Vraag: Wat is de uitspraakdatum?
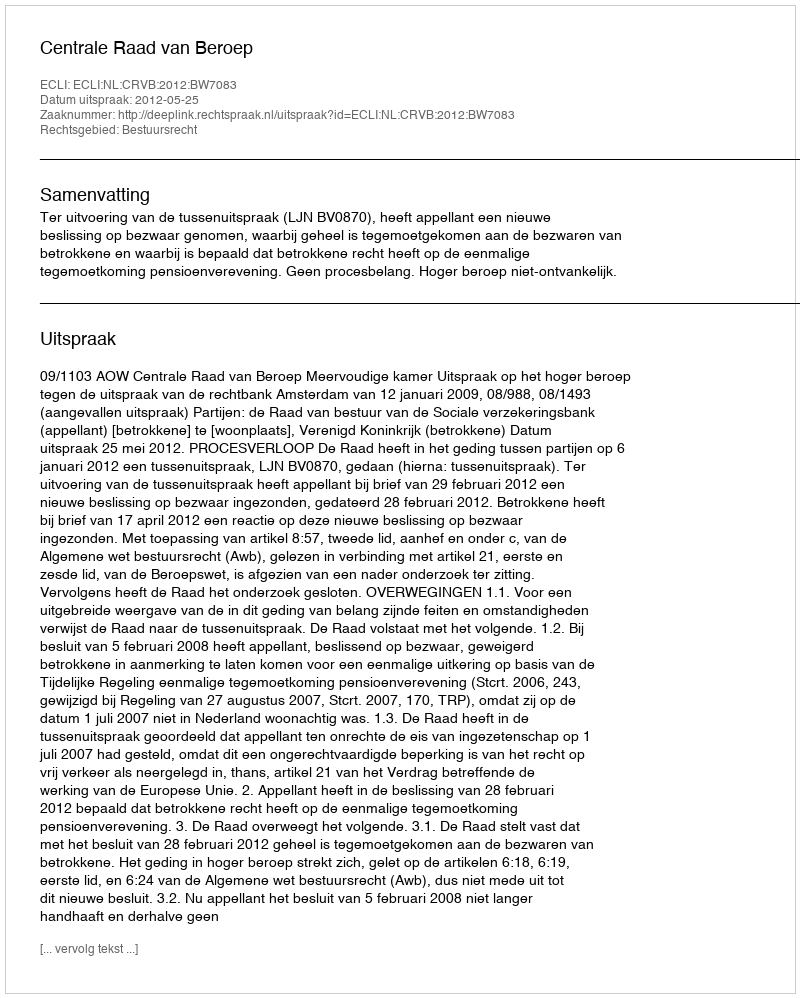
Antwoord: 2012-05-25